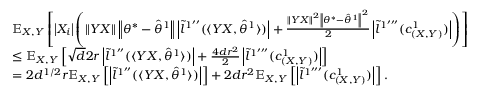
\begin{array} { r l } & { \mathbb { E } _ { X , Y } \left[ \left| X _ { i } \right| \left( \left\| Y X \right\| \left\| \theta ^ { * } - \hat { \theta } ^ { 1 } \right\| \left| \tilde { l } ^ { 1 ^ { \prime \prime } } ( \langle Y X , \hat { \theta } ^ { 1 } \rangle ) \right| + \frac { \left\| Y X \right\| ^ { 2 } \left\| \theta ^ { * } - \hat { \theta } ^ { 1 } \right\| ^ { 2 } } { 2 } \left| \tilde { l } ^ { 1 ^ { \prime \prime \prime } } ( c _ { ( X , Y ) } ^ { 1 } ) \right| \right) \right] } \\ & { \leq \mathbb { E } _ { X , Y } \left[ \sqrt { d } 2 r \left| \tilde { l } ^ { 1 ^ { \prime \prime } } ( \langle Y X , \hat { \theta } ^ { 1 } \rangle ) \right| + \frac { 4 d r ^ { 2 } } { 2 } \left| \tilde { l } ^ { 1 ^ { \prime \prime \prime } } ( c _ { ( X , Y ) } ^ { 1 } ) \right| \right] } \\ & { = 2 d ^ { 1 / 2 } r \mathbb { E } _ { X , Y } \left[ \left| \tilde { l } ^ { 1 ^ { \prime \prime } } ( \langle Y X , \hat { \theta } ^ { 1 } \rangle ) \right| \right] + 2 d r ^ { 2 } \mathbb { E } _ { X , Y } \left[ \left| \tilde { l } ^ { 1 ^ { \prime \prime \prime } } ( c _ { ( X , Y ) } ^ { 1 } ) \right| \right] . } \end{array}